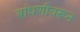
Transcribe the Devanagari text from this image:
बांधणीवरून